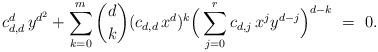
LaTeX: \begin{align*}c_{d,d}^d{\,}y^{d^2}+\sum_{k=0}^{m}{d\choose k}(c_{d,d}{\,}x^d)^k\Big(\sum_{j=0}^r c_{d,j}{\,}x^jy^{d-j}\Big)^{d-k} ~=~ 0.\end{align*}